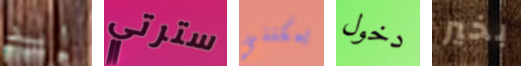
إيد سترتي يمكنني دخول بخير